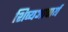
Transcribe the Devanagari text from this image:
शिष्यआचार्य